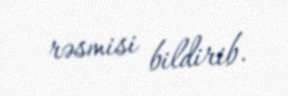
rəsmisi bildirib.